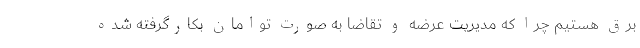
برق هستیم چرا که مدیریت عرضه و تقاضا به صورت توامان بکارگرفته شده